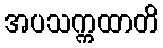
အပသက္ကထာတိ